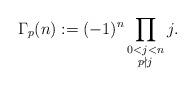
LaTeX: \begin{align*}\Gamma_p(n):=(-1)^n\prod_{\substack{0<j<n\\p\nmid j}}j.\end{align*}